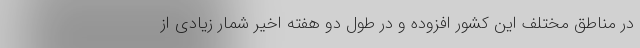
در مناطق مختلف این کشور افزوده و در طول دو هفته اخیر شمار زیادی از